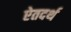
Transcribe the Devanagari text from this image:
ऐतदर्थ